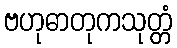
ဗဟုဓာတုကသုတ္တံ